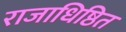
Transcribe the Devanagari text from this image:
राजाधिष्ठित